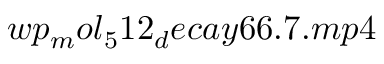
w p _ { m } o l _ { 5 } 1 2 _ { d } e c a y 6 6 . 7 . m p 4